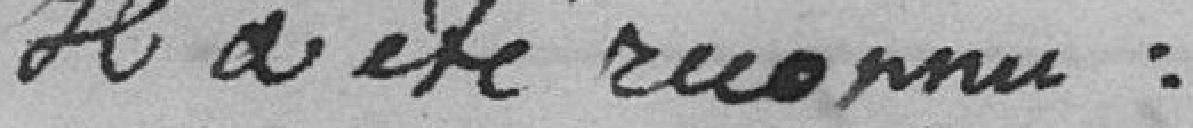
Il a été reconnu :